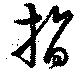
晢